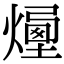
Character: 𤏯